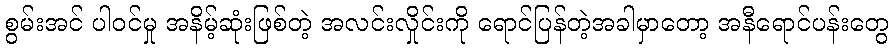
စွမ်းအင် ပါဝင်မှု အနိမ့်ဆုံးဖြစ်တဲ့ အလင်းလှိုင်းကို ရောင်ပြန်တဲ့အခါမှာတော့ အနီရောင်ပန်းတွေ